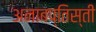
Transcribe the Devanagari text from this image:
अनाबप्तिस्ती